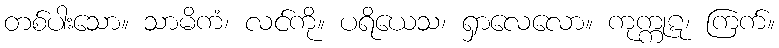
တစ်ပါးသော။ သာမိကံ၊ လင်ကို။ ပရိယေသ၊ ရှာလေလော။ ကုက္ကုဋ၊ ကြက်။